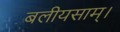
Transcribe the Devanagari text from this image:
बलीयसाम्।